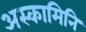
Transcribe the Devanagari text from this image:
अस्कामिनि